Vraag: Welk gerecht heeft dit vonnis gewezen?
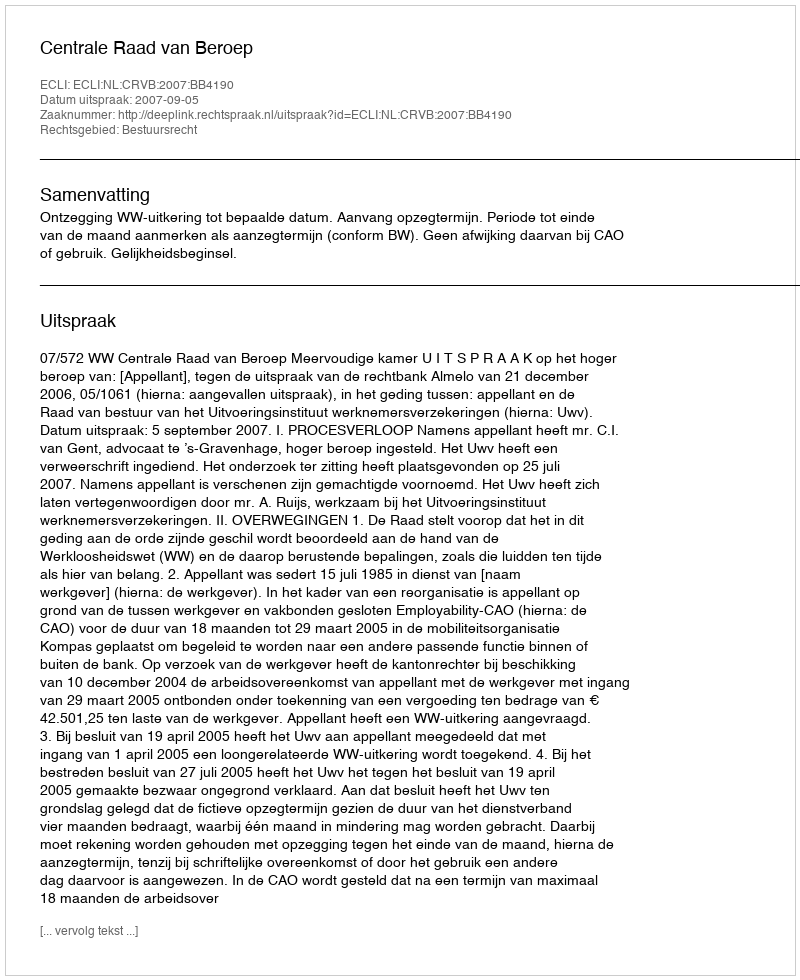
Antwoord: Centrale Raad van Beroep